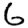
Digit: 6